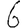
Digit: 6